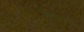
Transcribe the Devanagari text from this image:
अंतःसर्पण